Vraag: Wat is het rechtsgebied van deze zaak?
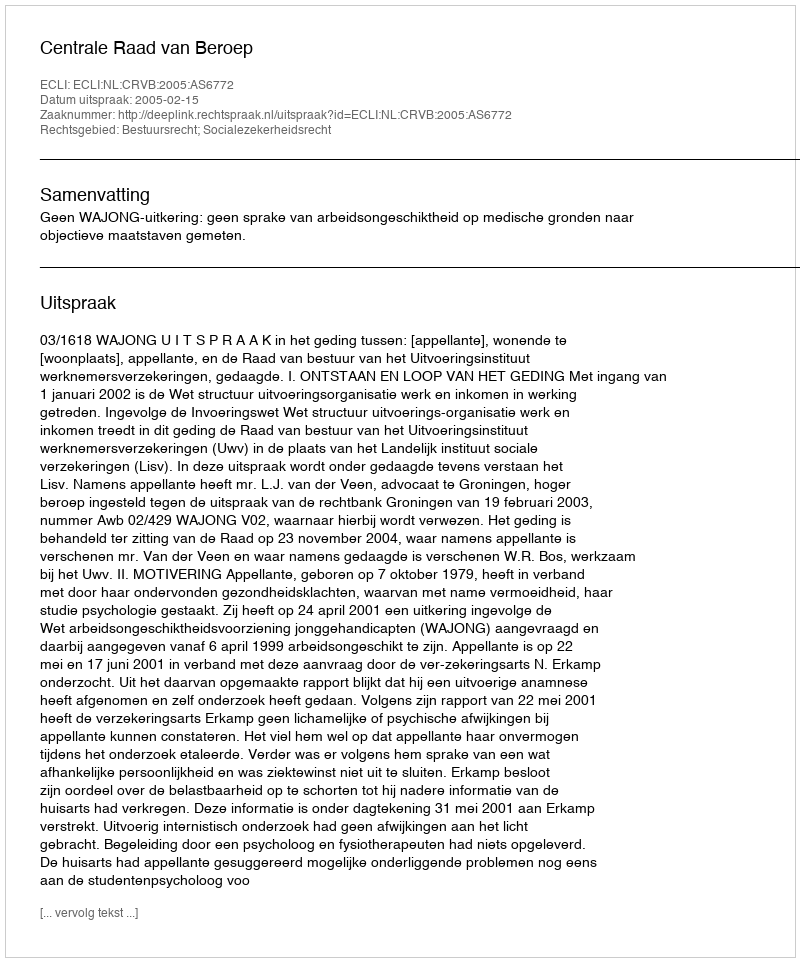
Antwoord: Bestuursrecht; Socialezekerheidsrecht